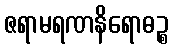
ဇရာမရဏနိရောဓဉ္စ